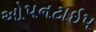
ઓપનટાઇપ